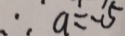
\therefore a = - 5